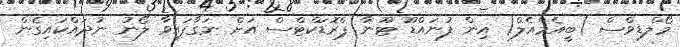
މޯލްޑިވްސް )ބީއެމްއެލް( އިން ފުނައްޑޫ ޓޫނާ ޕްރޮޑަކްޓްސް އަށް ނަގާފައިވާ ލޯނު ނުދައްކައިގެން